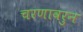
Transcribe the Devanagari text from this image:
चरणावरुन